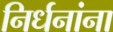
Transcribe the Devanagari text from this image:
निर्धनांना